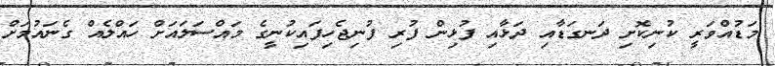
މަޑުއްވަރީ ކުނިކޮށި ދަނގަޑާއި ދަޅާއި ފުޅިން ފުރި ފުނިޖެހިފައިކުނީގެ މައްސަލައަށް ހައްލެއް ގެނައުމަށް